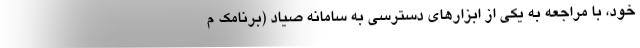
خود، با مراجعه به یکی از ابزارهای دسترسی به سامانه صیاد (برنامک م